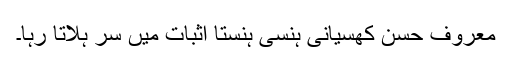
معروف حسن کھسیانی ہنسی ہنستا اثبات میں سر ہلاتا رہا۔